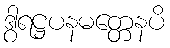
ဒွါရဋ္ဌပနမတ္တေနပိ